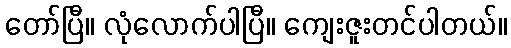
တော်ပြီ။ လုံလောက်ပါပြီ။ ကျေးဇူးတင်ပါတယ်။